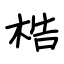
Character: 梏